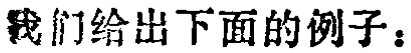
我们给出下面的例子：